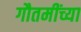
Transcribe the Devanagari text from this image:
गौतमींच्या